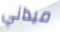
ميداني